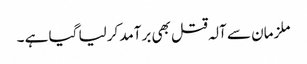
ملزمان سے آلہ قتل بھی برآمد کرلیا گیا ہے ۔